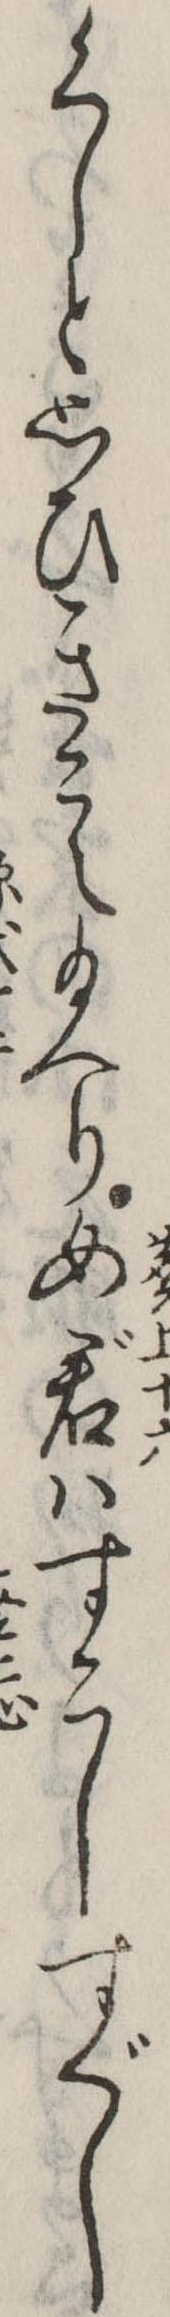
くしと思ひきこえ給へり女君はすこしすぐし